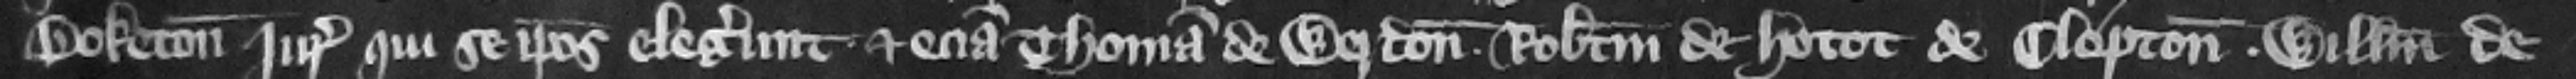
Boketon jurati. Qui se ipsos elegerunt et eciam Thomam de Werdon Robertum de Hotot deClopton Willelmum de